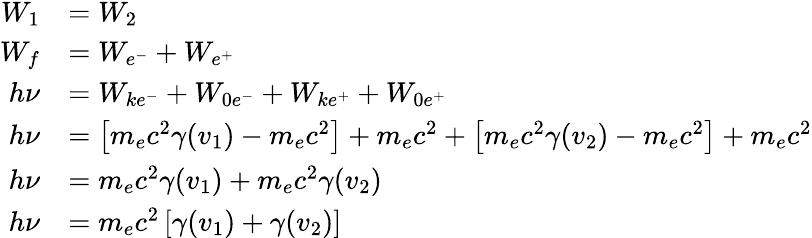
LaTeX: \begin{array}{rl}{W_{1}}&{=W_{2}}\\ {W_{f}}&{=W_{e^{-}}+W_{e^{+}}}\\ {h\nu}&{=W_{ke^{-}}+W_{0e^{-}}+W_{ke^{+}}+W_{0e^{+}}}\\ {h\nu}&{=\left[m_{e}c^{2}\gamma(v_{1})-m_{e}c^{2}\right]+m_{e}c^{2}+\left[m_{e}c^{2}\gamma(v_{2})-m_{e}c^{2}\right]+m_{e}c^{2}}\\ {h\nu}&{=m_{e}c^{2}\gamma(v_{1})+m_{e}c^{2}\gamma(v_{2})}\\ {h\nu}&{=m_{e}c^{2}\left[\gamma(v_{1})+\gamma(v_{2})\right]}\end{array}